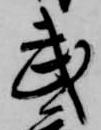
武